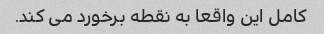
کامل این واقعا به نقطه برخورد می کند.